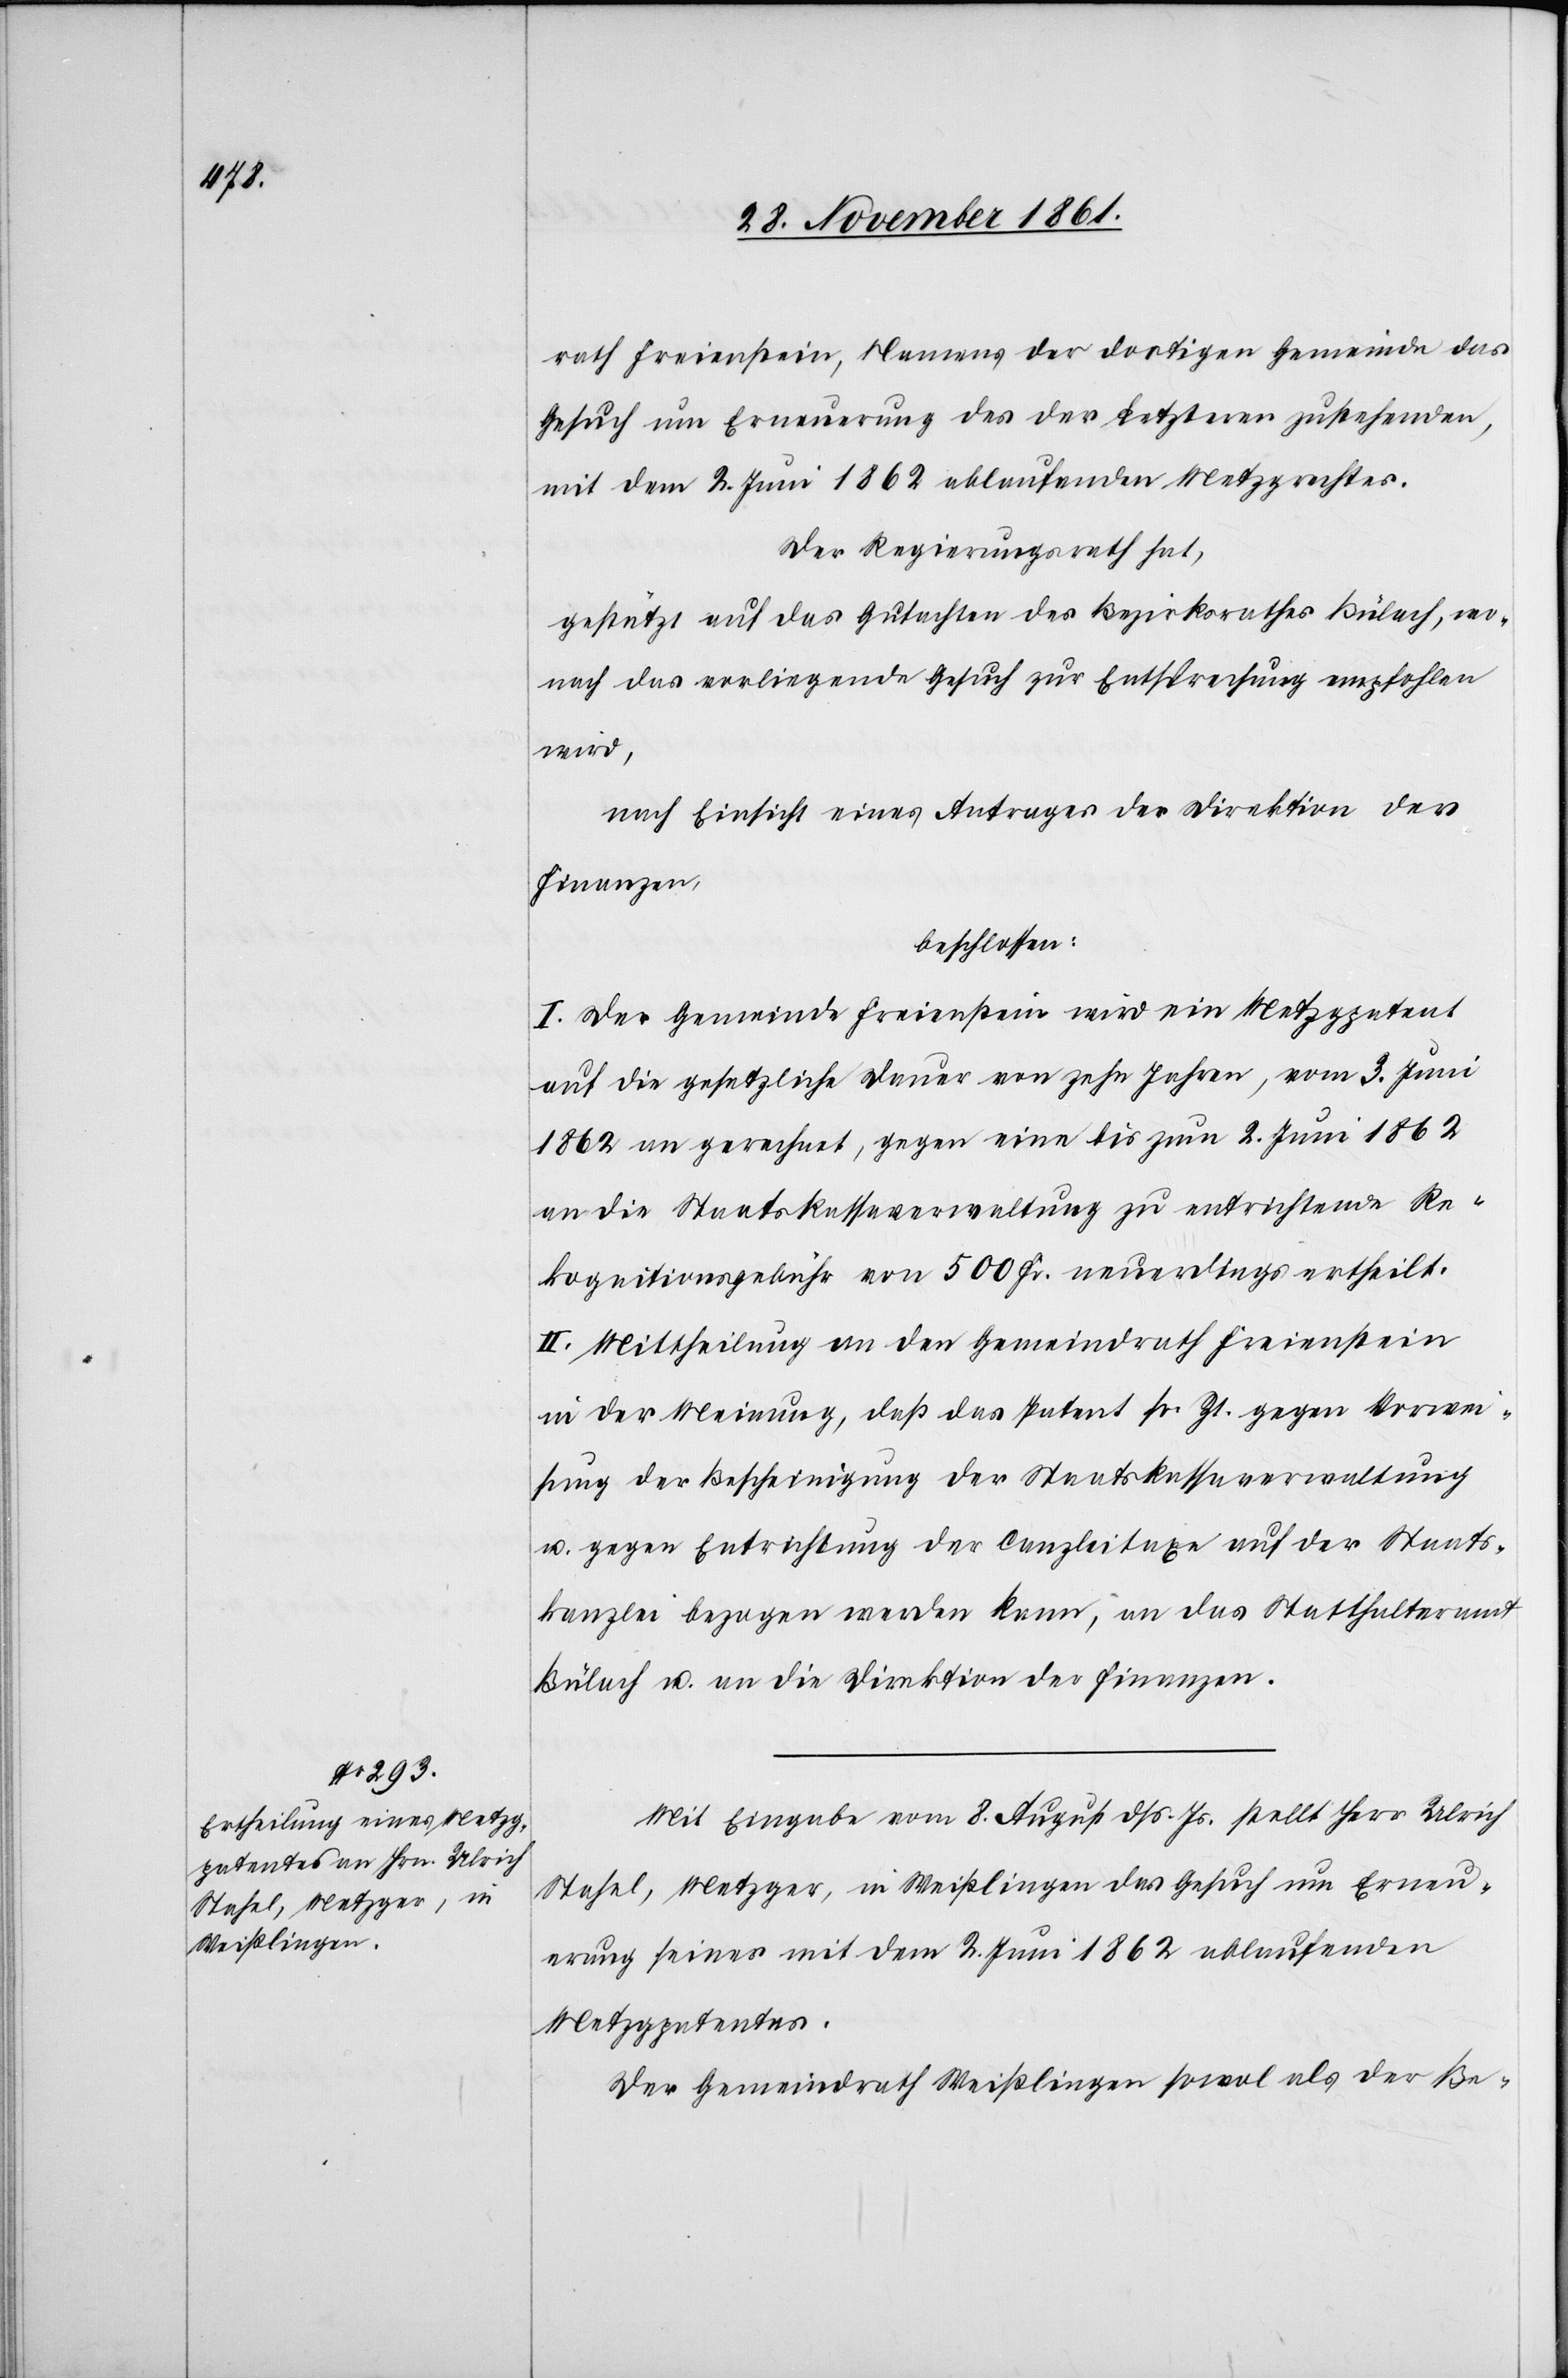
rath Freienstein, Namens der dortigen Gemeinde das
Gesuch um Erneuerung des der Letzteren zustehenden,
mit dem 2 Juni 1862 ablaufenden Metzgrechtes.
Der Regierungsrath hat,
gestützt auf das Gutachten des Bezirksrathes Bülach, wo¬
nach das vorliegende Gesuch zur Entsprechung empfohlen
wird,
nach Einsicht eines Antrages der Direktion der
Finanzen,
beschlossen:
I. Der Gemeinde Freienstein wird ein Metzgpatent
auf die gesetzliche Dauer von zehn Jahren, vom 3 Juni
1862 an gerechnet, gegen eine bis zum 2 Juni 1862
an die Staatskassaverwaltung zu entrichtende Re¬
kognitionsgebühr von 500 Fr. neuerdings ertheilt.
II. Mittheilung an den Gemeindrath Freienstein
in der Meinung, daß das Patent sr. Zt. gegen Vorwei¬
sung der Bescheinigung der Staatskassaverwaltung
u. gegen Entrichtung der Canzleitaxe auf der Staats¬
kanzlei bezogen werden kann, an das Statthalteramt
Bülach u. an die Direktion der Finanzen.
Mit Eingabe vom 8 August dß. Js. stellt Herr Ulrich
Stahel, Metzger, in Weißlingen das Gesuch um Erneu¬
erung seines mit dem 2 Juni 1862 ablaufenden
Metzgpatentes.
Der Gemeindrath Weißlingen sowol als der Be-